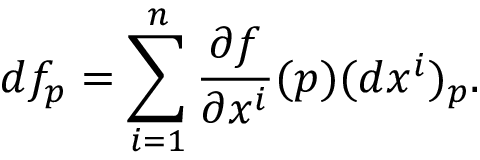
d f _ { p } = \sum _ { i = 1 } ^ { n } { \frac { \partial f } { \partial x ^ { i } } } ( p ) ( d x ^ { i } ) _ { p } .